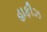
હાફીઝ